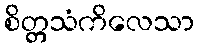
စိတ္တသံကိလေသာ